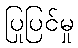
ပြုပြင်မှု